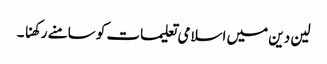
لین دین میں اسلامی تعلیمات کو سامنے رکھنا ۔